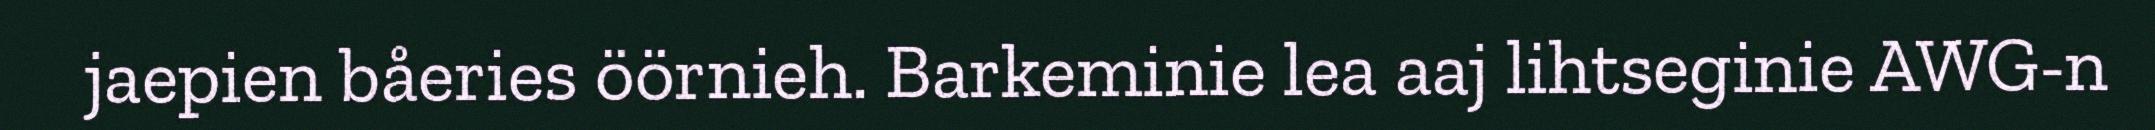
jaepien båeries öörnieh. Barkeminie lea aaj lihtseginie AWG-n